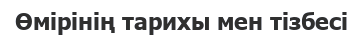
Өмірінің тарихы мен тізбесі